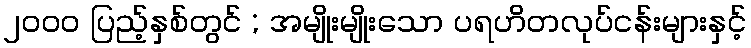
၂၀၀၀ ပြည့်နှစ်တွင် ; အမျိုးမျိုးသော ပရဟိတလုပ်ငန်းများနှင့်